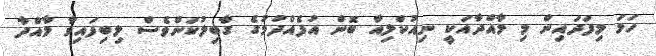
ހަމަ މިފަދައިން މި މާއްދާއަކީ ނިއުކްލިއާ ބޮން އުފެއްދުމުގެ ގާބިލުކަންވެސް ލިބިފައިވާ މާއްދާ